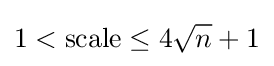
1<{\text{scale}}\leq 4{\sqrt {n}}+1